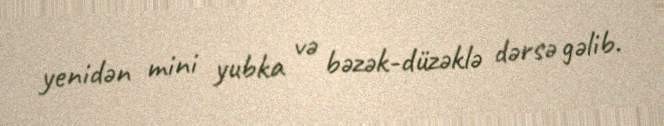
yenidən mini yubka və bəzək-düzəklə dərsə gəlib.